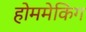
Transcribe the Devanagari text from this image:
होममेकिंग